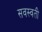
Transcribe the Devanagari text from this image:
सवस्वती